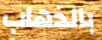
بالذهاب